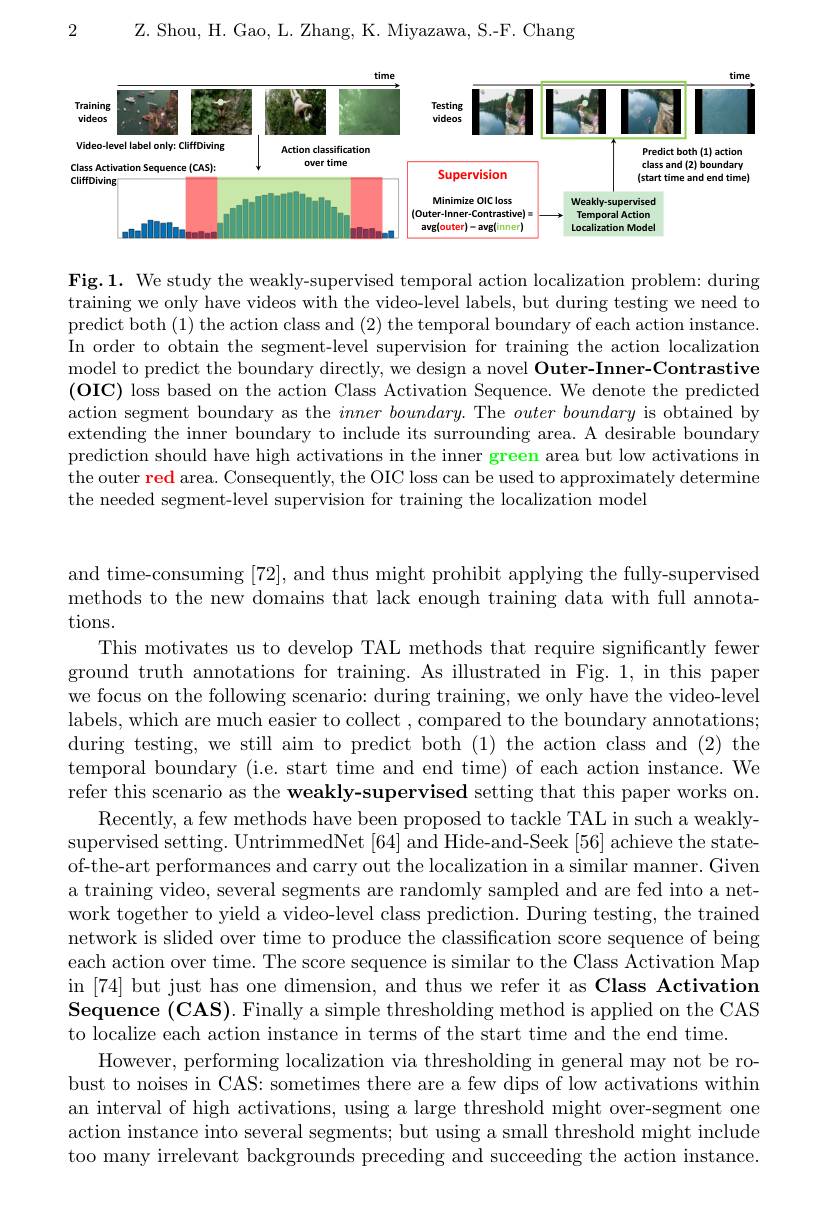
Z. Shou, H. Gao, L. Zhang, K. Miyazawa, S.-F. Chang

2

<FigureHere>

Fig.1. We study the weakly-supervised temporal action localization problem: during training we only have videos with the video-level labels, but during testing we need to predict both (1) the action class and (2) the temporal boundary of each action instance. In order to obtain the segment-level supervision for training the action localization model to predict the boundary directly, we design a novel Outer-Inner-Contrastive $(\mathbf{OIC})$ loss based on the action Class Activation Sequence. We denote the predicted action segment boundary as the $inner\textit{boundary. The }outer\textit{boundary is obtained by}$ extending the inner boundary to include its surrounding area. A desirable boundary prediction should have high activations in the inner green area but low activations in the outer red area. Consequently, the OIC loss can be used to approximately determine the needed segment-level supervision for training the localization model

and time-consuming [72], and thus might prohibit applying the fully-supervised methods to the new domains that lack enough training data with full annotations.
This motivates us to develop TAL methods that require significantly fewer ground truth annotations for training. As illustrated in Fig. 1, in this paper we focus on the following scenario: during training, we only have the video-level labels, which are much easier to collect , compared to the boundary annotations; during testing, we still aim to predict both (1) the action class and (2) the temporal boundary (i.e. start time and end time) of each action instance. We refer this scenario as the weakly-supervised setting that this paper works on.
Recently, a few methods have been proposed to tackle TAL in such a weaklysupervised setting. UntrimmedNet [64] and Hide-and-Seek [56] achieve the stateof-the-art performances and carry out the localization in a similar manner. Given a training video, several segments are randomly sampled and are fed into a network together to yield a video-level class prediction. During testing, the trained network is slided over time to produce the classification score sequence of being each action over time. The score sequence is similar to the Class Activation Map in [74] but just has one dimension, and thus we refer it as Class Activation $\mathbf{Sequence~(CAS).Finally~a~simple~thresholding~method~is~applied~on~the~CAS}$ to localize each action instance in terms of the start time and the end time.
However, performing localization via thresholding in general may not be robust to noises in CAS: sometimes there are a few dips of low activations within an interval of high activations, using a large threshold might over-segment one action instance into several segments; but using a small threshold might include too many irrelevant backgrounds preceding and succeeding the action instance